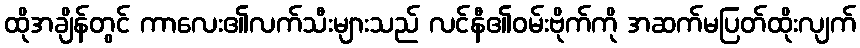
ထိုအချိန်တွင် ကာလေး၏လက်သီးများသည် လင်နီ၏ဝမ်းဗိုက်ကို အဆက်မပြတ်ထိုးလျက်